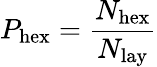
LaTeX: P_{\mathrm{{hex}}}=\frac{N_{\mathrm{{hex}}}}{N_{\mathrm{{lay}}}}